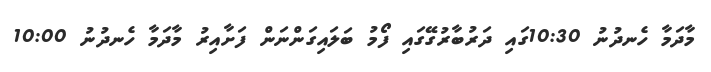
މާދަމާ ހެނދުނު 10:30ގައި ދަރުބާރުގޭގައި ފޯމު ބަލައިގަންނަން ފަށާއިރު މާދަމާ ހެނދުނު 10:00